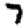
Digit: 7